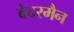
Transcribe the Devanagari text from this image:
वेदरमैन